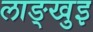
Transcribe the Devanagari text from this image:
लाङ्खुइ